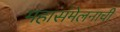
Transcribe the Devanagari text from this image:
महासंमेलनाची